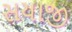
સયાજી